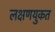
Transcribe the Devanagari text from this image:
लक्षणयुकत